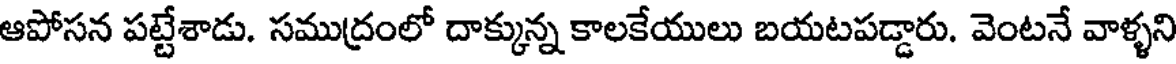
ఆపోసన పట్టేశాడు. సముద్రంలో దాక్కున్న కాలకేయులు బయటపడ్డారు. వెంటనే వాళ్ళని